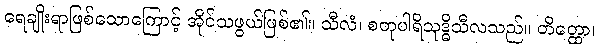
ရေချိုးရာဖြစ်သောကြောင့် အိုင်သဖွယ်ဖြစ်၏။ သီလံ၊ စတုပါရိသုဒ္ဓိသီလသည်။ တိတ္ထော၊